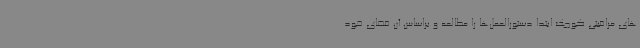
های مراقبتی کوچک ابتدا دستورالعمل‌ها را مطالعه و براساس آن فضای خود